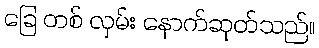
ခြေ တစ် လှမ်း နောက်ဆုတ်သည်။